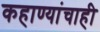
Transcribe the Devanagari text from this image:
कहाण्यांचाही